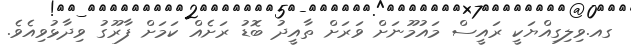
ގއ.ވިލިގިއްޔަކީ ރައީސް މައުމޫނަށް ވަރަށް ތާއީދު ބޮޑު ރަށެއް ކަމަށް ފާރޫގު ވިދާޅުވިއެވެ.